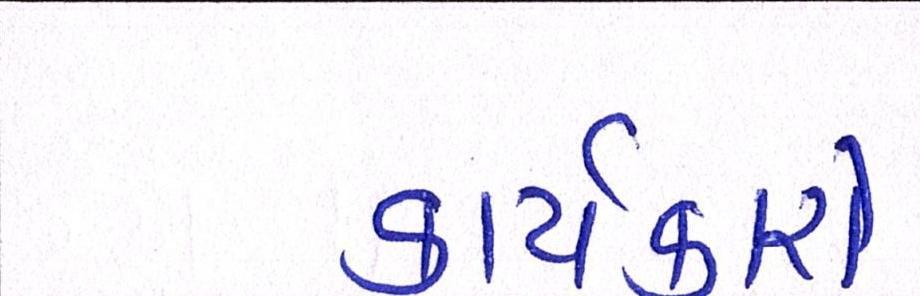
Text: કાર્યકરો